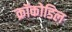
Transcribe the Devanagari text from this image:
क्रॉकोडिल